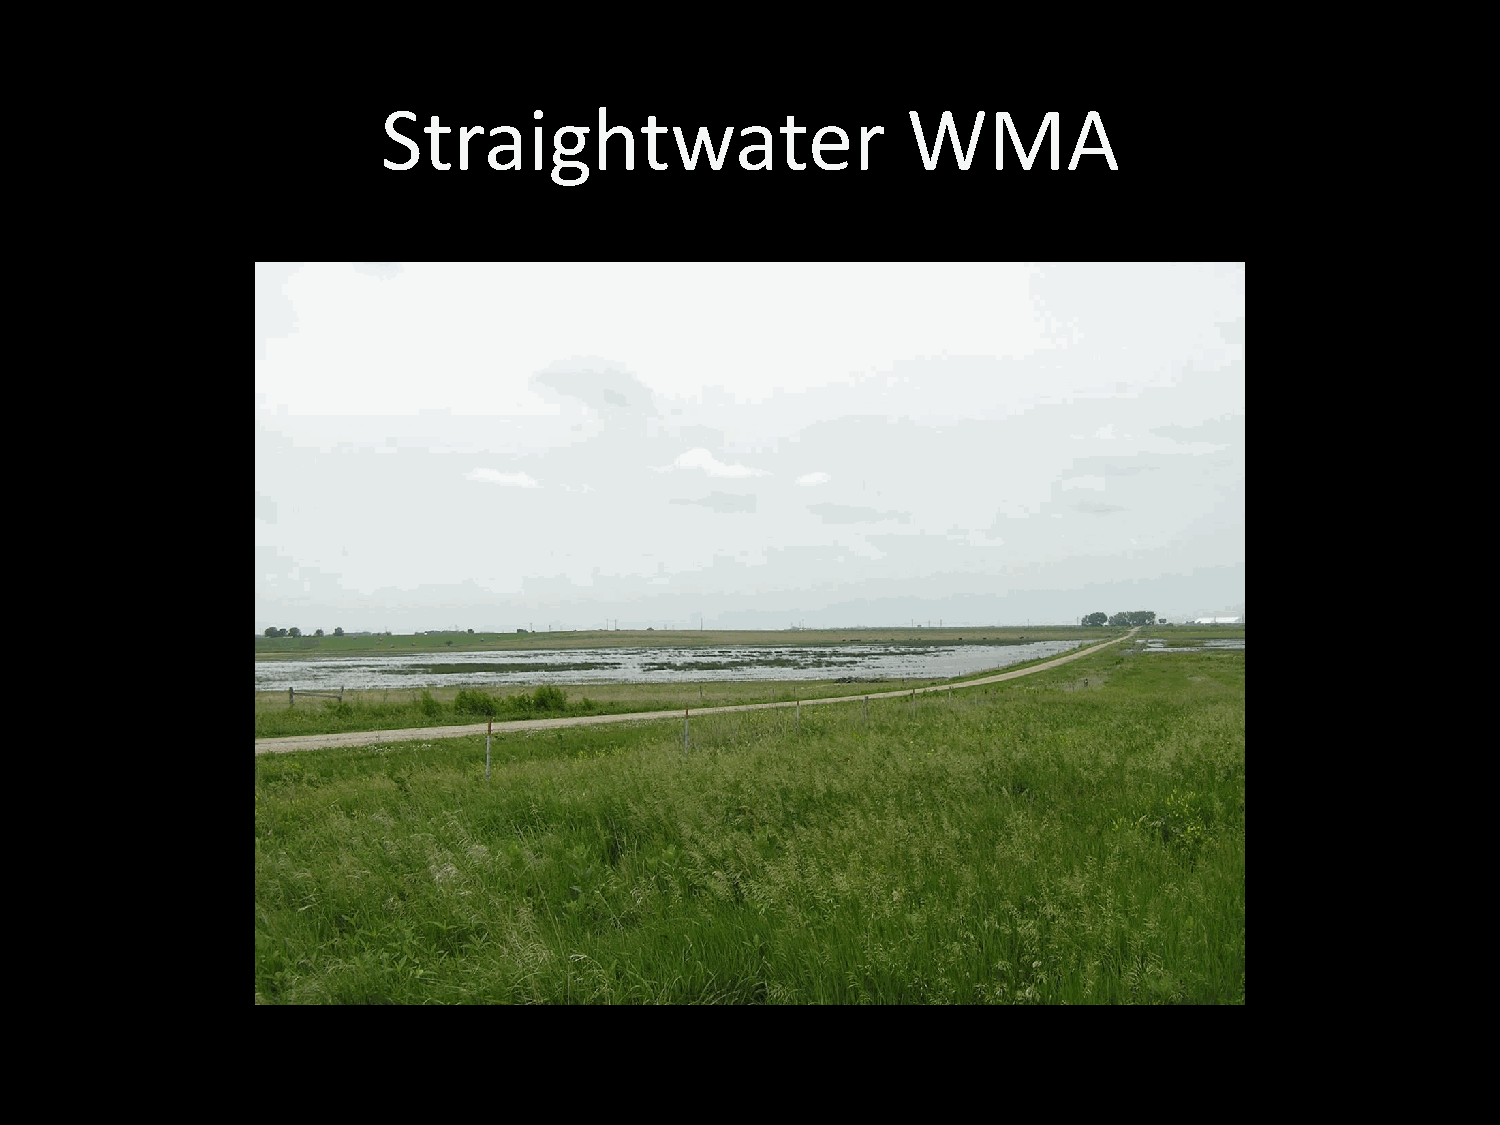
Straightwater                      WMA